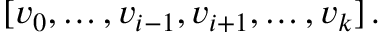
\begin{array} { r } { [ v _ { 0 } , \dots , v _ { i - 1 } , v _ { i + 1 } , \dots , v _ { k } ] \, . } \end{array}